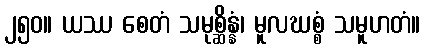
၂၅၀။ ယဿ စေတံ သမုစ္ဆိန္နံ၊ မူလဃစ္စံ သမူဟတံ။